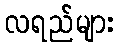
လရည်များ